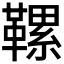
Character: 𩌹